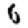
Digit: 6